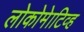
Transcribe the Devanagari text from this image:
लोकोमेाटिव्ह